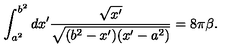
\int _ { a ^ { 2 } } ^ { b ^ { 2 } } d x ^ { \prime } { \frac { \sqrt { x ^ { \prime } } } { \sqrt { ( b ^ { 2 } - x ^ { \prime } ) ( x ^ { \prime } - a ^ { 2 } ) } } } = 8 \pi \beta .